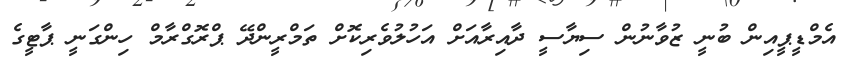
އެމްޑީޕީއިން ބުނީ ޒުވާނުން ސިޔާސީ ދާއިރާއަށް އަހުލުވެރިކޮށް ތަމްރީންދޭ ޕްރޮގްރާމް ހިންގަނީ ޕާޓީގެ